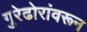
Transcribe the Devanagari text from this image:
गुरेढोरांवरून